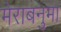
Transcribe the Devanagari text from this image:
मेराबनुमा